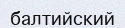
балтийский